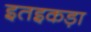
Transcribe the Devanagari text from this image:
इतइकड़ा